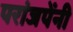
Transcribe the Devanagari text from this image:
परांजपेंनी